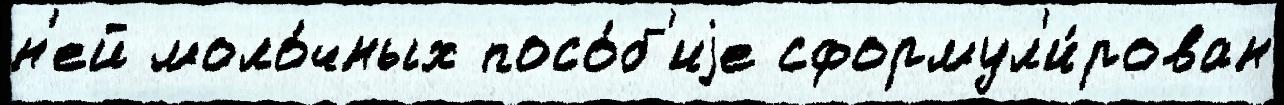
н'ей моло́чных посо́б'иjе сформул'и́рован